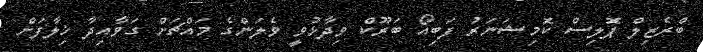
ބްރެޒިލް ޕޮލިސް ކޮމިޝަނަރު ފަބިއޯ ބަރޫކް ވިދާޅުވީ ވެލަންގެ މައްޗަށް ގަވާއިދާ ޚިލާފަށް